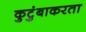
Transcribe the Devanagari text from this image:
कुटुंबाकरता